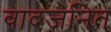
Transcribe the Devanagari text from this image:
वादजनित